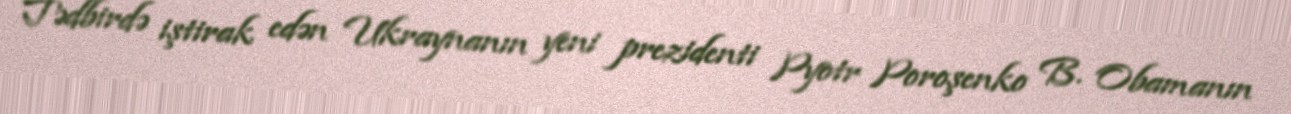
Tədbirdə iştirak edən Ukraynanın yeni prezidenti Pyotr Poroşenko B. Obamanın